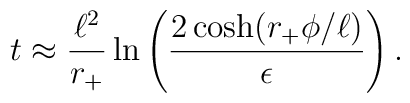
t \approx {\ell^2 \over r_+} \ln \left( {2 \cosh(r_+ \phi/\ell) \over \epsilon} \right).